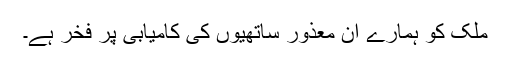
ملک کو ہمارے ان معذور ساتھیوں کی کامیابی پر فخر ہے۔